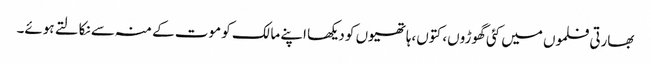
بھارتی فلموں میں کئی گھوڑوں، کتوں،ہاتھیوں کو دیکھا اپنے مالک کو موت کے منہ سے نکالتے ہوئے۔